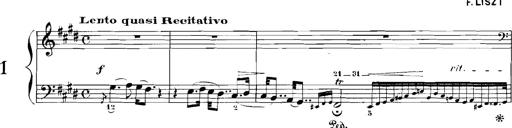
Title: Rhapsodies hongroises
Composer: Franz Liszt